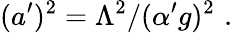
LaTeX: (a^{\prime})^{2}=\Lambda^{2}/({\alpha^{\prime}}g)^{2}\, \, .